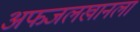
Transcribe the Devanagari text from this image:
अफजलखानला